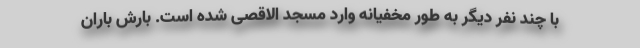
با چند نفر دیگر به طور مخفیانه وارد مسجد الاقصی شده است. بارش باران